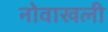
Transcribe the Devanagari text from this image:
नोवाखली